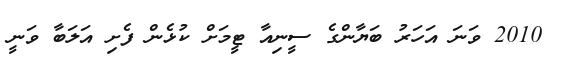
2010 ވަނަ އަހަރު ބަޔާންގެ ސީނިއާ ޓީމަށް ކުޅެން ފެށި އަލަބާ ވަނީ